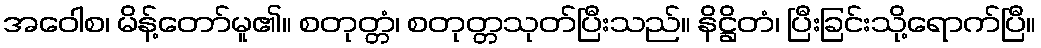
အဝေါစ၊ မိန့်တော်မူ၏။ စတုတ္တံ၊ စတုတ္တသုတ်ပြီးသည်။ နိဋ္ဌိတံ၊ ပြီးခြင်းသို့ရောက်ပြီ။